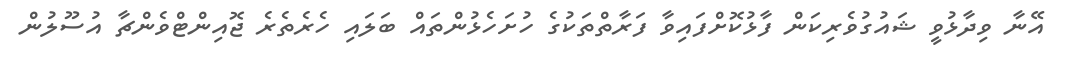
އޭނާ ވިދާޅުވީ ޝައުގުވެރިކަން ފާޅުކޮށްފައިވާ ފަރާތްތަކުގެ ހުށަހެޅުންތައް ބަލައި ހެރެތެރެ ޖޮއިންޓްވެންޗާ އުސޫލުން